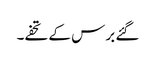
گئے برس کے تحفے۔